Indian journal of veterinary science and animal husbandry - Volume 14,
Year: 1944
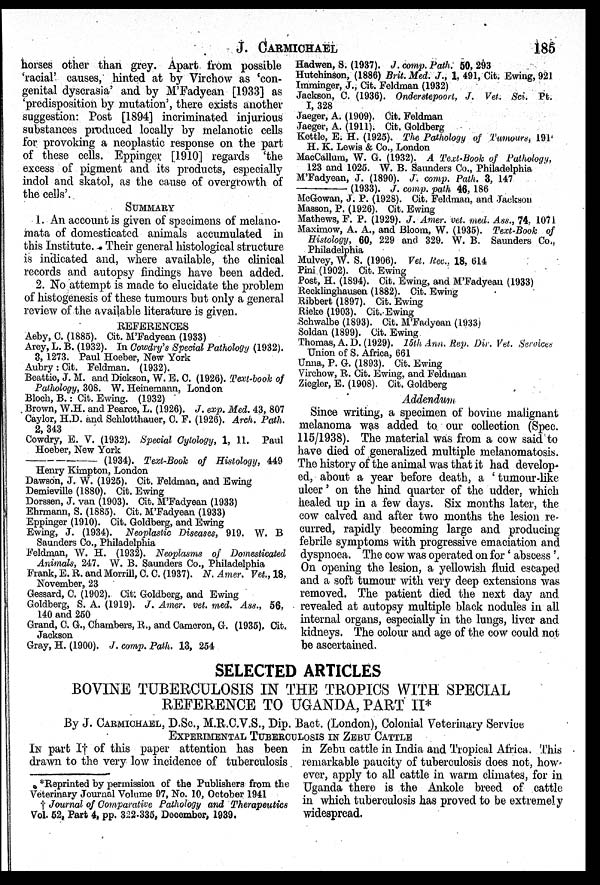
J.
CARMICHAEL
185
horses other than grey. Apart from possible
'racial' causes, hinted at by Virchow as 'con-
genital dyscrasia' and by M'Fadyean [1933] as
'predisposition by mutation', there exists another
suggestion: Post [1894] incriminated injurious
substances produced locally by melanotic cells
for provoking a neoplastic response on the part
of these cells. Eppinger [1910] regards 'the
excess of pigment and its products, especially
indol and skatol, as the cause of overgrowth of
the cells'.
SUMMARY
1. An account is given of specimens of melano-
mata of domesticated animals accumulated in
this Institute. Their general histological structure
is indicated and, where available, the clinical
records and autopsy findings have been added.
2. No attempt is made to elucidate the problem
of histogenesis of these tumours but only a general
review of the available literature is given.
REFERENCES
Aeby, C. (1885). Cit. M'Fadyean (1933)
Arey, L. B. (1932). In Cowdry's Special Pathology (1932).
3, 1273. Paul Hoeber, New York
Aubry: Cit. Feldman. (1932).
Beattie, J. M. and Dickson, W. E. C. (1926). Text-book of
Pathology, 308. W. Heinemann, London
Bloch, B.: Cit. Ewing. (1932)
Brown, W.H. and Pearce, L. (1926). J. exp. Med. 43, 807
Caylor, H.D. and Schlotthauer, C. F. (1926). Arch. Path.
2, 343
Cowdry, E. V. (1932). Special Cytology, 1, 11. Paul
Hoeber, New York
—
(1934). Text-Book of Histology, 449
Henry Kimpton, London
Dawson, J. W. (1925). Cit. Feldman, and Ewing
Demieville (1880). Cit. Ewing
Dorssen, J. van (1903). Cit. M'Fadyean (1933)
Ehrmann, S. (1885). Cit. M'Fadyean (1933)
Eppinger (1910). Cit. Goldberg, and Ewing
Ewing, J. (1934). Neoplastic Diseases, 919. W. B
Saunders Co., Philadelphia
Feldman, W. H. (1932). Neoplasms of Domesticated
Animals, 247. W. B. Saunders Co., Philadelphia
Frank, E. R. and Morrill, C. C. (1937). N. Amer. Vet., 18,
November, 23
Gessard, C. (1902). Cit. Goldberg, and Ewing
Goldberg, S. A. (1919). J. Amer. vet. med. Ass., 56,
140 and 250
Grand, C. G., Chambers, R., and Cameron, G. (1935). Cit.
Jackson
Gray, H. (1900). J. comp. Path. 13, 254
Hadwen, S. (1937). J. comp. Path. 50, 293
Hutchinson, (1886) Brit. Med. J., 1, 491, Cit. Ewing, 921
Imminger, J., Cit. Feldman (1932)
Jackson, C. (1936). Onderstepoort, J. Vet. Sci. Pt.
I, 328
Jaeger, A. (1909). Cit. Feldman
Jaeger, A. (1911). Cit. Goldberg
Kettle, E. H. (1925). The Pathology of Tumours, 191
H. K. Lewis & Co., London
MacCallum, W. G. (1932). A Text-Book of Pathology,
123 and 1025. W. B. Saunders Co., Philadelphia
M'Fadyean, J. (1890). J. comp. Path. 3, 147
—
(1933). J. comp. path 46, 186
McGowan, J. P. (1928). Cit. Feldman, and Jackson
Masson, P. (1926). Cit. Ewing
Mathews, F. P. (1929). J. Amer. vet. med. Ass., 74, 1071
Maximow, A. A., and Bloom, W. (1935). Text-Book of
Histology, 60, 229 and 329. W. B. Saunders Co.,
Philadelphia
Mulvey, W. S. (1906). Vet. Rec. 18, 614
Pini (1902). Cit. Ewing
Post, H. (1894). Cit. Ewing, and M'Fadyean (1933)
Recklinghausen (1882). Cit. Ewing
Ribbert (1897). Cit. Ewing
Rieke (1903). Cit. Ewing
Schwalbe (1893). Cit. M'Fadyean (1933)
Soldan (1899). Cit. Ewing
Thomas, A. D. (1929). 15th Ann. Rep. Dir. Vet. Services
Union of S. Africa, 661
Unna, P. G. (1893). Cit. Ewing
Virchow, R. Cit. Ewing, and Feldman
Ziegler, E. (1908). Cit. Goldberg
Addendum
Since writing, a specimen of bovine malignant
melanoma was added to our collection (Spec.
115/1938). The material was from a cow said to
have died of generalized multiple melanomatosis.
The history of the animal was that it had develop-
ed, about a year before death, a 'tumour-like
ulcer' on the hind quarter of the udder, which
healed up in a few days. Six months later, the
cow calved and after two months the lesion re-
curred, rapidly becoming large and producing
febrile symptoms with progressive emaciation and
dyspnoea. The cow was operated on for 'abscess'
On opening the lesion, a yellowish fluid escaped
and a soft tumour with very deep extensions was
removed. The patient died the next day and
revealed at autopsy multiple black nodules in all
internal organs, especially in the lungs, liver and
kidneys. The colour and age of the cow could not
be ascertained.
SELECTED ARTICLES
BOVINE TUBERCULOSIS IN THE TROPICS WITH SPECIAL
REFERENCE TO UGANDA, PART II*
By J. CARMICHAEL, D.Sc., M.R.C.V.S., Dip. Bact. (London), Colonial Veterinary Service
EXPERIMENTAL TUBERCULOSIS IN ZEBU CATTLE
IN part I† of this paper attention has been
drawn to the very low incidence of tuberculosis
in Zebu cattle in India and Tropical Africa. This
remarkable paucity of tuberculosis does not, how-
ever, apply to all cattle in warm climates, for in
Uganda there is the Ankole breed of cattle
in which tuberculosis has proved to be extremely
widespread.
*Reprinted by permission of the Publishers from the
Veterinary Journal Volume 97, No. 10, October 1941
† Journal of Comparative Pathology and Therapeutics
Vol. 52, Part 4, pp. 322-335, December, 1939.